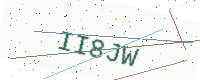
Text: II8JW